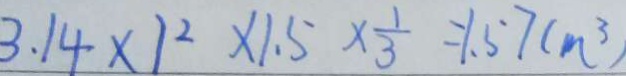
3 . 1 4 \times 1 ^ { 2 } \times 1 . 5 \times \frac { 1 } { 3 } = 1 . 5 7 ( m ^ { 3 } )